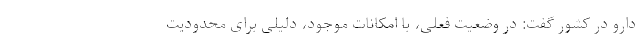
دارو در کشور گفت: در وضعیت فعلی، با امکانات موجود، دلیلی برای محدودیت